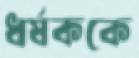
ধর্ষককে